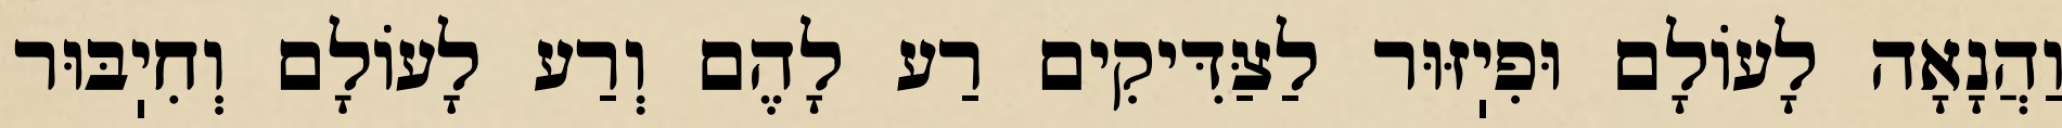
וַהֲנָאָה לָעוֹלָם וּפִיֽזּוּר לַצַּדִּיקִים רַע לָהֶם וְרַע לָעוֹלָם וְחִיֽבּוּר